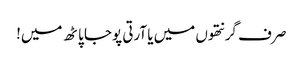
صر ف گرنتھوں میں یا آرتی پوجا پاٹھ میں!